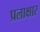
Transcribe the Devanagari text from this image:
प्रलाक्षार